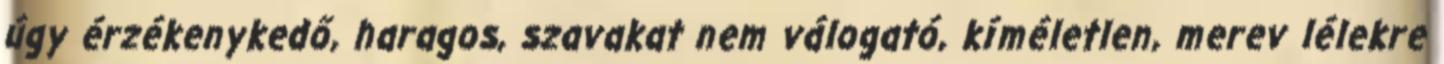
úgy érzékenykedő, haragos, szavakat nem válogató, kíméletlen, merev lélekre